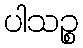
ပါသဉ္စ